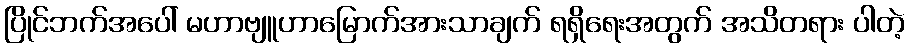
ပြိုင်ဘက်အပေါ် မဟာဗျူဟာမြောက်အားသာချက် ရရှိရေးအတွက် အသိတရား ပါတဲ့